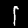
Digit: 1